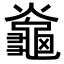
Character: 𪚯